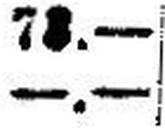
—.—